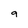
Character: 9